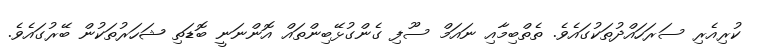
ކުރިއެރި ސަރަހައްދުތަކުގައެވެ. ތެތްބިމާއި ނައަމް ސޫފި ގެންގުޅޭބިންތައް އޮންނަނީ ބޮޑަތި ޝަހަރުތަކުން ބޭރުގައެވެ.